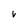
Character: v